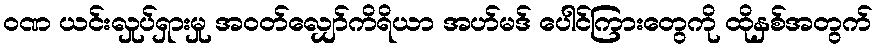
ဝဏ ယင်းလှုပ်ရှားမှု အဝတ်လျှော်ကိရိယာ အဟ်မဒ် ပေါင်ကြားတွေကို ထိုနှစ်အတွက်